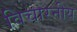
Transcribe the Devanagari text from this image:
विचारनीय